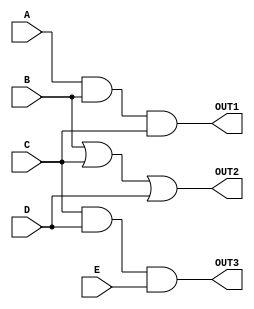
module combinational_logic_block #(
    parameter NUM_INPUTS = 5, // Total number of inputs
    parameter INPUT_WIDTH = 1  // Width of each input (single bit)
) (
    input  [INPUT_WIDTH-1:0] A, // Input signal A
    input  [INPUT_WIDTH-1:0] B, // Input signal B
    input  [INPUT_WIDTH-1:0] C, // Input signal C
    input  [INPUT_WIDTH-1:0] D, // Input signal D
    input  [INPUT_WIDTH-1:0] E, // Input signal E
    output [INPUT_WIDTH-1:0] OUT1, // Output for Group 1
    output [INPUT_WIDTH-1:0] OUT2, // Output for Group 2
    output [INPUT_WIDTH-1:0] OUT3  // Output for Group 3
);

// Group 1: {A, B, C}
wire g1_and = A & B & C; // Example Logic Function (AND)
wire g1_or  = A | B | C; // Example Logic Function (OR)

// Group 2: {B, C, D}
wire g2_and = B & C & D; // Example Logic Function (AND)
wire g2_or  = B | C | D; // Example Logic Function (OR)

// Group 3: {C, D, E}
wire g3_and = C & D & E; // Example Logic Function (AND)
wire g3_or  = C | D | E; // Example Logic Function (OR)

// Output generation based on the logic functions
assign OUT1 = g1_and; // Output for Group 1
assign OUT2 = g2_or;  // Output for Group 2
assign OUT3 = g3_and; // Output for Group 3

endmodule